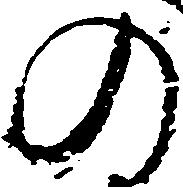
の